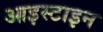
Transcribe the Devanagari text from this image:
आइस्टाइन